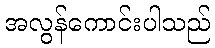
အလွန်ကောင်းပါသည်